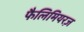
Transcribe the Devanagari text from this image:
फैलिमियरज़